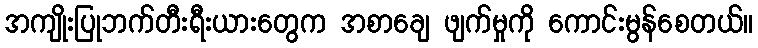
အကျိုးပြုဘက်တီးရီးယားတွေက အစာချေ ဖျက်မှုကို ကောင်းမွန်စေတယ်။